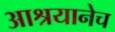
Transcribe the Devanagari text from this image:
आश्रयानेच